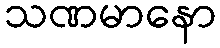
သဏမာနော